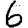
Digit: 6